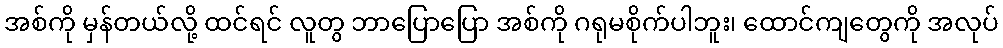
အစ်ကို မှန်တယ်လို့ ထင်ရင် လူတွ ဘာပြောပြော အစ်ကို ဂရုမစိုက်ပါဘူး၊ ထောင်ကျတွေကို အလုပ်